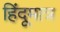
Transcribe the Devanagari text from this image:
हिंदूमात्र